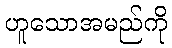
ဟူသောအမည်ကို